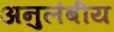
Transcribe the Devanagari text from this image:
अनुलंबीय